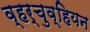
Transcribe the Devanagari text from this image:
व्हर्चुव्हियन